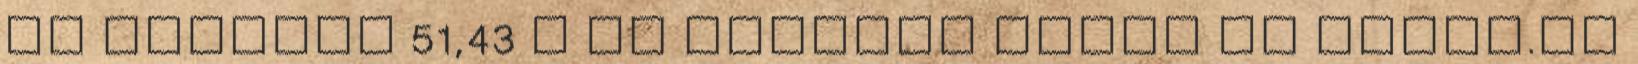
db Vételár 51,43 M Ft Szerzői jogok Az Index.hu